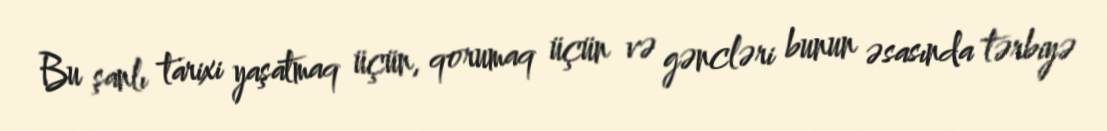
Bu şanlı tarixi yaşatmaq üçün, qorumaq üçün və gəncləri bunun əsasında tərbiyə